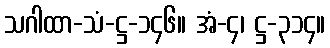
သဂါထာ-သံ-ဋ္ဌ-၁၄၆။ အံ-၄၊ ဋ္ဌ-၃၁၄။